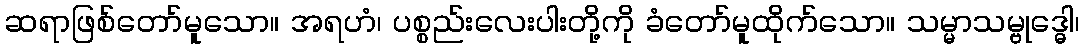
ဆရာဖြစ်တော်မူသော။ အရဟံ၊ ပစ္စည်းလေးပါးတို့ကို ခံတော်မူထိုက်သော။ သမ္မာသမ္ဗုဒ္ဓေါ၊